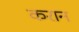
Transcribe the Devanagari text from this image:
करान